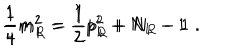
\frac { 1 } { 4 } m _ { L } ^ { 2 } = \frac { 1 } { 2 } p _ { L } ^ { 2 } + N _ { L } - 1 \hspace { 2 c m } \frac { 1 } { 4 } m _ { R } ^ { 2 } = \frac { 1 } { 2 } p _ { R } ^ { 2 } + N _ { R } - 1 \; .